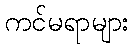
ကင်မရာများ